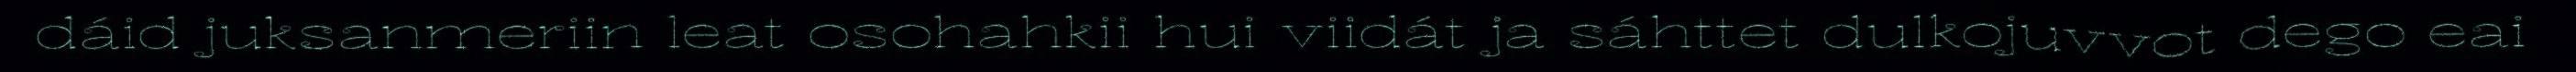
dáid juksanmeriin leat osohahkii hui viidát ja sáhttet dulkojuvvot dego eai